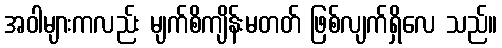
အဝါများကလည်း မျက်စိကျိန်းမတတ် ဖြစ်လျက်ရှိလေ သည်။